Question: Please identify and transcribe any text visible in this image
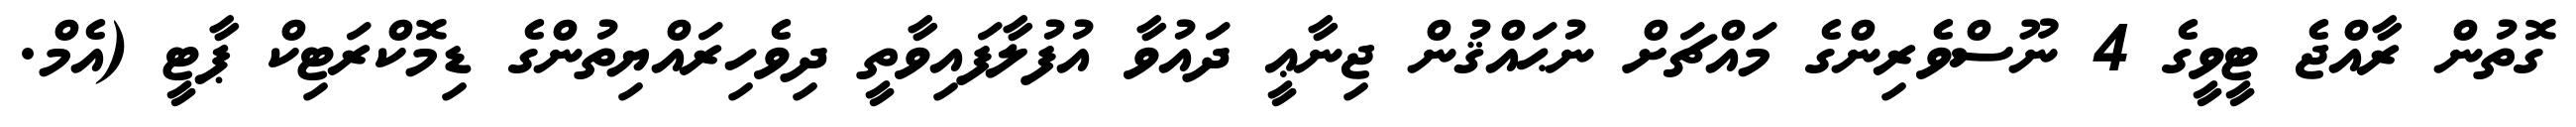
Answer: ގޮތުން ރާއްޖެ ޓީވީގެ 4 ނޫސްވެރިންގެ މައްޗަށް ނުޙައްޤުން ޖިނާޢީ ދައުވާ އުފުލާފައިވާތީ ދިވެހިރައްޔިތުންގެ ޑިމޮކްރަޓިކް ޕާޓީ (އެމް.